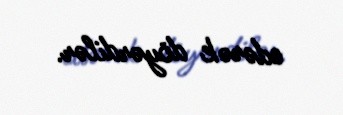
edərək döyərdilər.